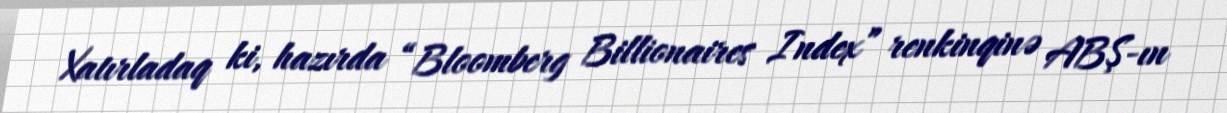
Xatırladaq ki, hazırda “Bloomberg Billionaires Index” renkinqinə ABŞ-ın